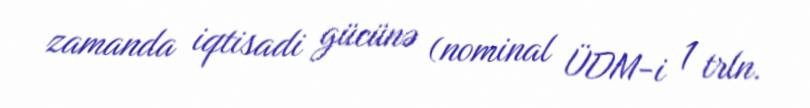
zamanda iqtisadi gücünə (nominal ÜDM-i 1 trln.